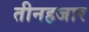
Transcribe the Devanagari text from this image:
तीनहजार